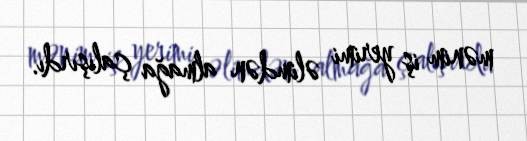
mənim iş yerimi əlimdən almağa çalışırdı.